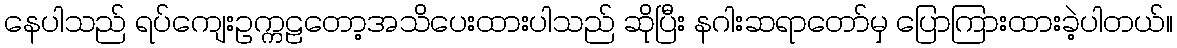
နေပါသည် ရပ်ကျေးဥက္ကဠတော့အသိပေးထားပါသည် ဆိုပြီး နဂါးဆရာတော်မှ ပြောကြားထားခဲ့ပါတယ်။